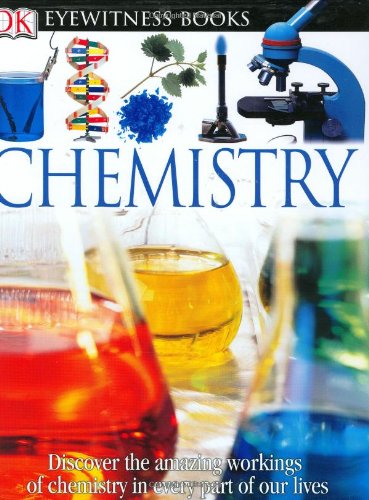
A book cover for DK Eyewitness Books: Chemistry; Ann Newmark; Children's Books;